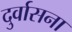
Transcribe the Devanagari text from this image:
दुर्वासना